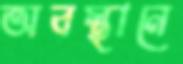
অবস্থানে